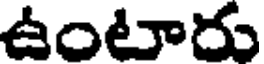
ఉంటారు